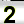
Digit: 2